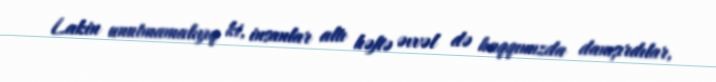
Lakin unutmamalıyıq ki, insanlar altı həftə əvvəl də haqqımızda danışırdılar,